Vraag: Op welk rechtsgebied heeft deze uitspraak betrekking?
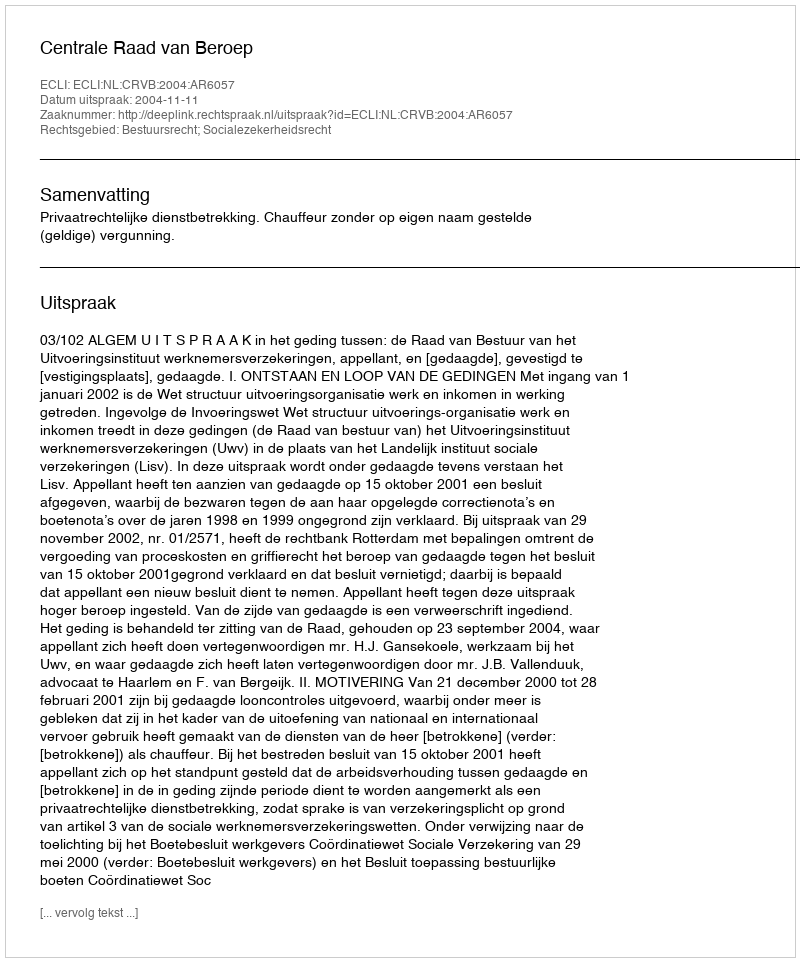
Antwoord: Bestuursrecht; Socialezekerheidsrecht